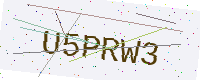
Text: U5PRW3